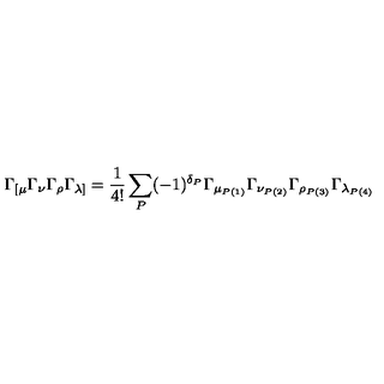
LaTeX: \Gamma _ { [ \mu } \Gamma _ { \nu } \Gamma _ { \rho } \Gamma _ { \lambda ] } = \frac { 1 } { 4 ! } \sum _ { P } ( - 1 ) ^ { \delta _ { P } } \Gamma _ { \mu _ { P ( 1 ) } } \Gamma _ { \nu _ { P ( 2 ) } } \Gamma _ { \rho _ { P ( 3 ) } } \Gamma _ { \lambda _ { P ( 4 ) } }